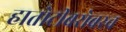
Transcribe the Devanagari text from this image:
हातोटीबरोबरच